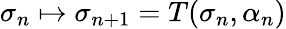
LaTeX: \sigma_{n}\mapsto\sigma_{n+1}=T(\sigma_{n},\alpha_{n})